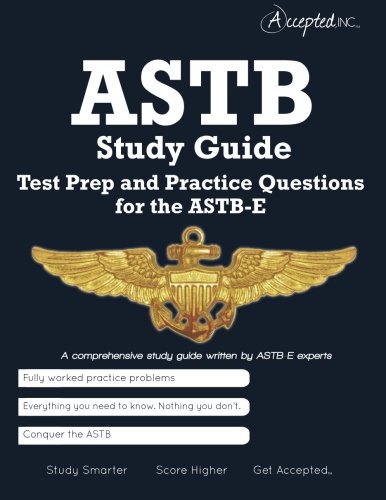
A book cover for ASTB Study Guide: Test Prep and Practice Test Questions for the ASTB-E; Inc. Accepted; Test Preparation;